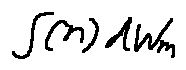
\int ( n ) d w _ { m }